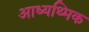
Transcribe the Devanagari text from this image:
आध्यथ्मिक